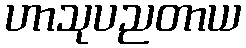
ဟာသုပညတာယ